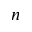
n